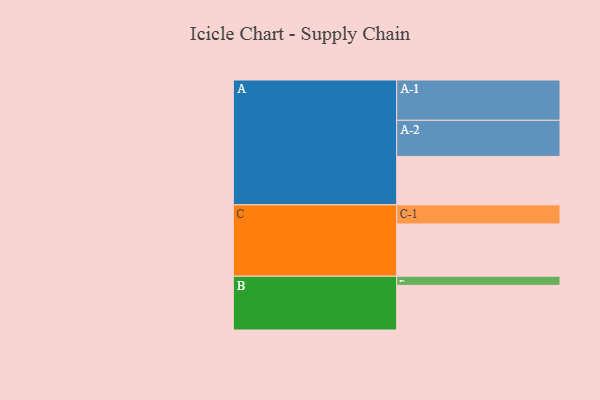
{"axis": {"x": "Segment", "y": "Value"}, "legend": ["", "A", "B", "C"], "data": [{"x": "A", "y": 345, "type": ""}, {"x": "B", "y": 318, "type": ""}, {"x": "C", "y": 372, "type": ""}, {"x": "A-1", "y": 287, "type": "A"}, {"x": "A-2", "y": 257, "type": "A"}, {"x": "B-1", "y": 65, "type": "B"}, {"x": "C-1", "y": 136, "type": "C"}]}